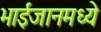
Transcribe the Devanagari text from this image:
भाईजानमध्ये